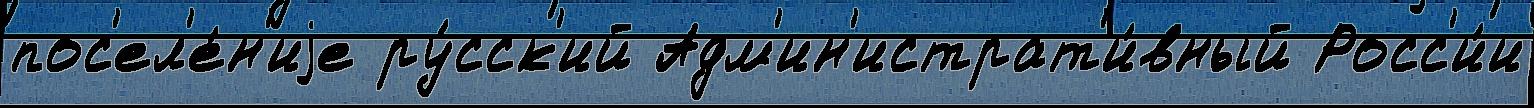
пос'ел'е́н'иjе ру́сск'ий Адм'ин'истрат'и́вный Росс'и́и